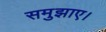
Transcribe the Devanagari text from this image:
समुझाए।